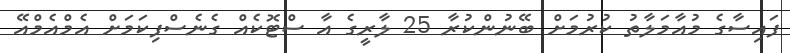
ފައިސާގެ މުއާމަލާތު ކުރުމަށް ބޭނުންކުރާ 25 ލާރީގެ އާ ސްޓޮކެއް ގެނެސްފިކަމަށް އެމްއެމްއޭ